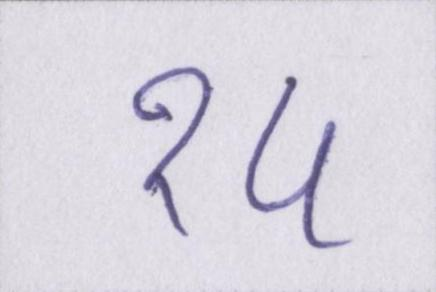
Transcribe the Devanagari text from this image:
१५